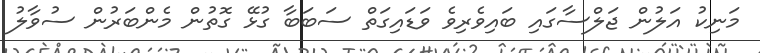
މަނިކު އަލުން ޖަލްސާގައި ބައިވެރިވެ ވަޑައިގަތް ސަބަބާ ގުޅޭ ގޮތުން މެންބަރުން ސުވާލު